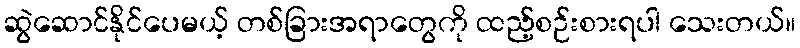
ဆွဲဆောင်နိုင်ပေမယ့် တစ်ခြားအရာတွေကို ထည့်စဉ်းစားရပါ သေးတယ်။